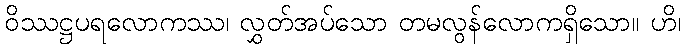
ဝိဿဋ္ဌပရလောကဿ၊ လွှတ်အပ်သော တမလွန်လောကရှိသော။ ဟိ၊